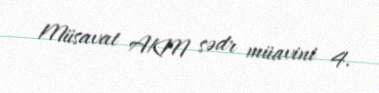
Müsavat AKM sədr müavini 4.